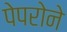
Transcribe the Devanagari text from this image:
पेपरोने